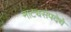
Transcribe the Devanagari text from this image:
नाट्यसंपदेचे